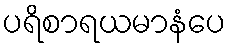
ပရိစာရယမာနံပေ